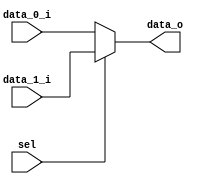
module Mux_2to1 #(
	parameter mux_size = 32
)(
	input [mux_size - 1 : 0] data_0_i,
	input [mux_size - 1 : 0] data_1_i,
	input sel,
	output [mux_size - 1 : 0] data_o
);

assign data_o = sel ? data_1_i : data_0_i;

endmodule